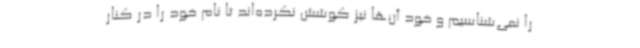
را نمی‌شناسیم و خود آن‌ها نیز کوشش نکرده‌اند تا نام خود را در کنار